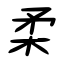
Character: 柔